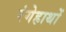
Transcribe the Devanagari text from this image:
रंगेहाथों